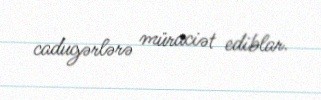
cadugərlərə müraciət ediblar.